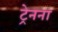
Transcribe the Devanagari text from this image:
ट्रेनना